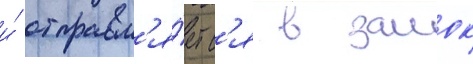
и́ отправл'я́етс'я в замок